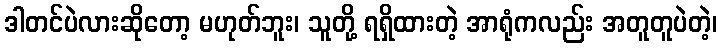
ဒါတင်ပဲလားဆိုတော့ မဟုတ်ဘူး၊ သူတို့ ရရှိထားတဲ့ အာရုံကလည်း အတူတူပဲတဲ့၊